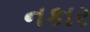
નકાર